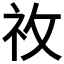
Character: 𥘦